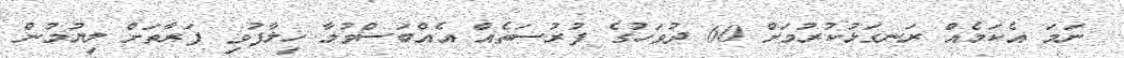
ނަމަ އެކަމެއް ރަނގަޅުކުރުމަށް 60 ދުވަހުގެ ފުރުސަތެއް އެއްބަސްވުމާ ހިލާފުވި ފަރާތަށް ލިޔުމުން